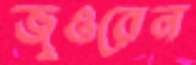
জুওরেন